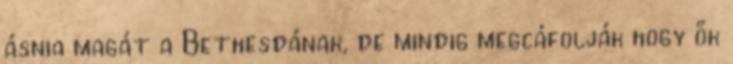
ásnia magát a Bethesdának, de mindig megcáfolják hogy ők